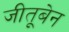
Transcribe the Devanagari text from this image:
जीतूबेन